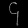
Digit: ၄